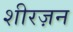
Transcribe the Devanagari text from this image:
शीरज़न